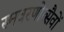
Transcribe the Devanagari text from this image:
स्मवरणोत्सैवों